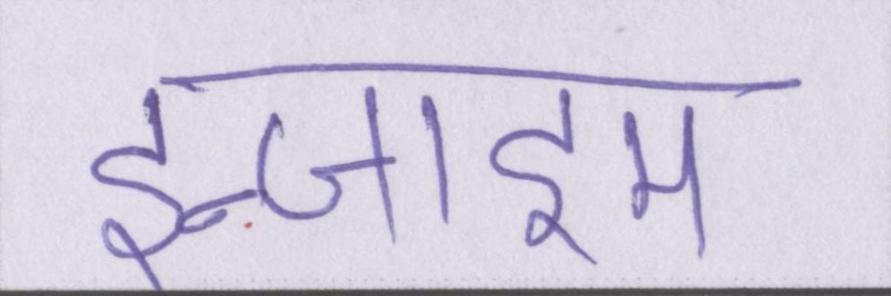
इन्जाइम